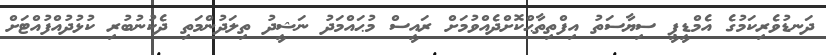
ދަނޑުވެރިކަމުގެ އެމްޑީޕީ ސިޔާސަތު އިފްތިތާޙްކޮށްދެއްވުމަށް ރައީސް މުޙައްމަދު ނަޝީދު ތިލަދުންމަތި ދެކުނުބުރި ކުޅުދުއްފުއްޓަށް